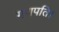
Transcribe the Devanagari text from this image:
गणपति।